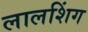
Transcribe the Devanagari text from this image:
लालशिंग